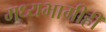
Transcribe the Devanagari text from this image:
मध्यभागीही